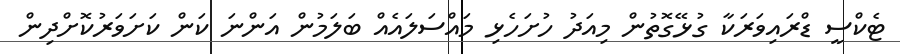
ޓެކްސީ ޑްރައިވަރަކާ ގުޅޭގޮތުން މިއަދު ހުށަހެޅި މައްސަލައެއް ބަލަމުން އަންނަ ކަން ކަށަވަރުކޮށްދިން